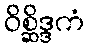
ဝိစ္ဆိဒ္ဒကံ